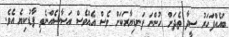
ބައެއްފަހަރު ސީދާ ތެދަށް ހުންނަ ފަނޑިޔާރަކަށް ވެސް އެއްވެސް އަސާސެއްނެތި ފާޑުކިޔެ އެވެ.